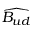
\widehat { B _ { u d } }